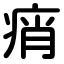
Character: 痟